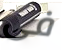
فى